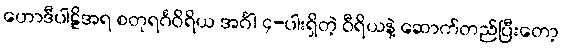
ဟောဒီပါဠိအရ စတုရင်္ဂဝိရိယ အင်္ဂါ ၄-ပါးရှိတဲ့ ဝီရိယနဲ့ ဆောက်တည်ပြီးတော့